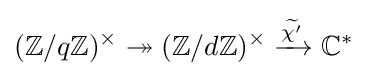
(\mathbb {Z} /q\mathbb {Z} )^{\times }\twoheadrightarrow (\mathbb {Z} /d\mathbb {Z} )^{\times }\xrightarrow {\widetilde {\chi '}} \mathbb {C} ^{*}